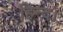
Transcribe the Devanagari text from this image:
हिन्द।